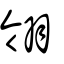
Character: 翎